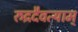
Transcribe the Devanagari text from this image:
रुद्रदैवत्याम्